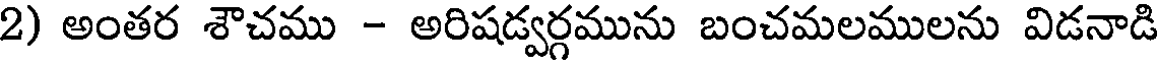
2) అంతర శౌచము - అరిషడ్వర్గమును బంచమలములను విడనాడి